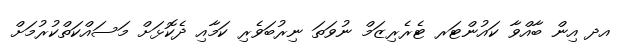
އދ އިން ބާއްވާ ކައުންޓަރ ޓެރެރިޒަމް ނުވަތަ ނިރުބަވެރި ކަމާއި ދެކޮޅަށް މަސައްކަތްކުރުމަށް